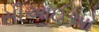
સીઆઈઓ